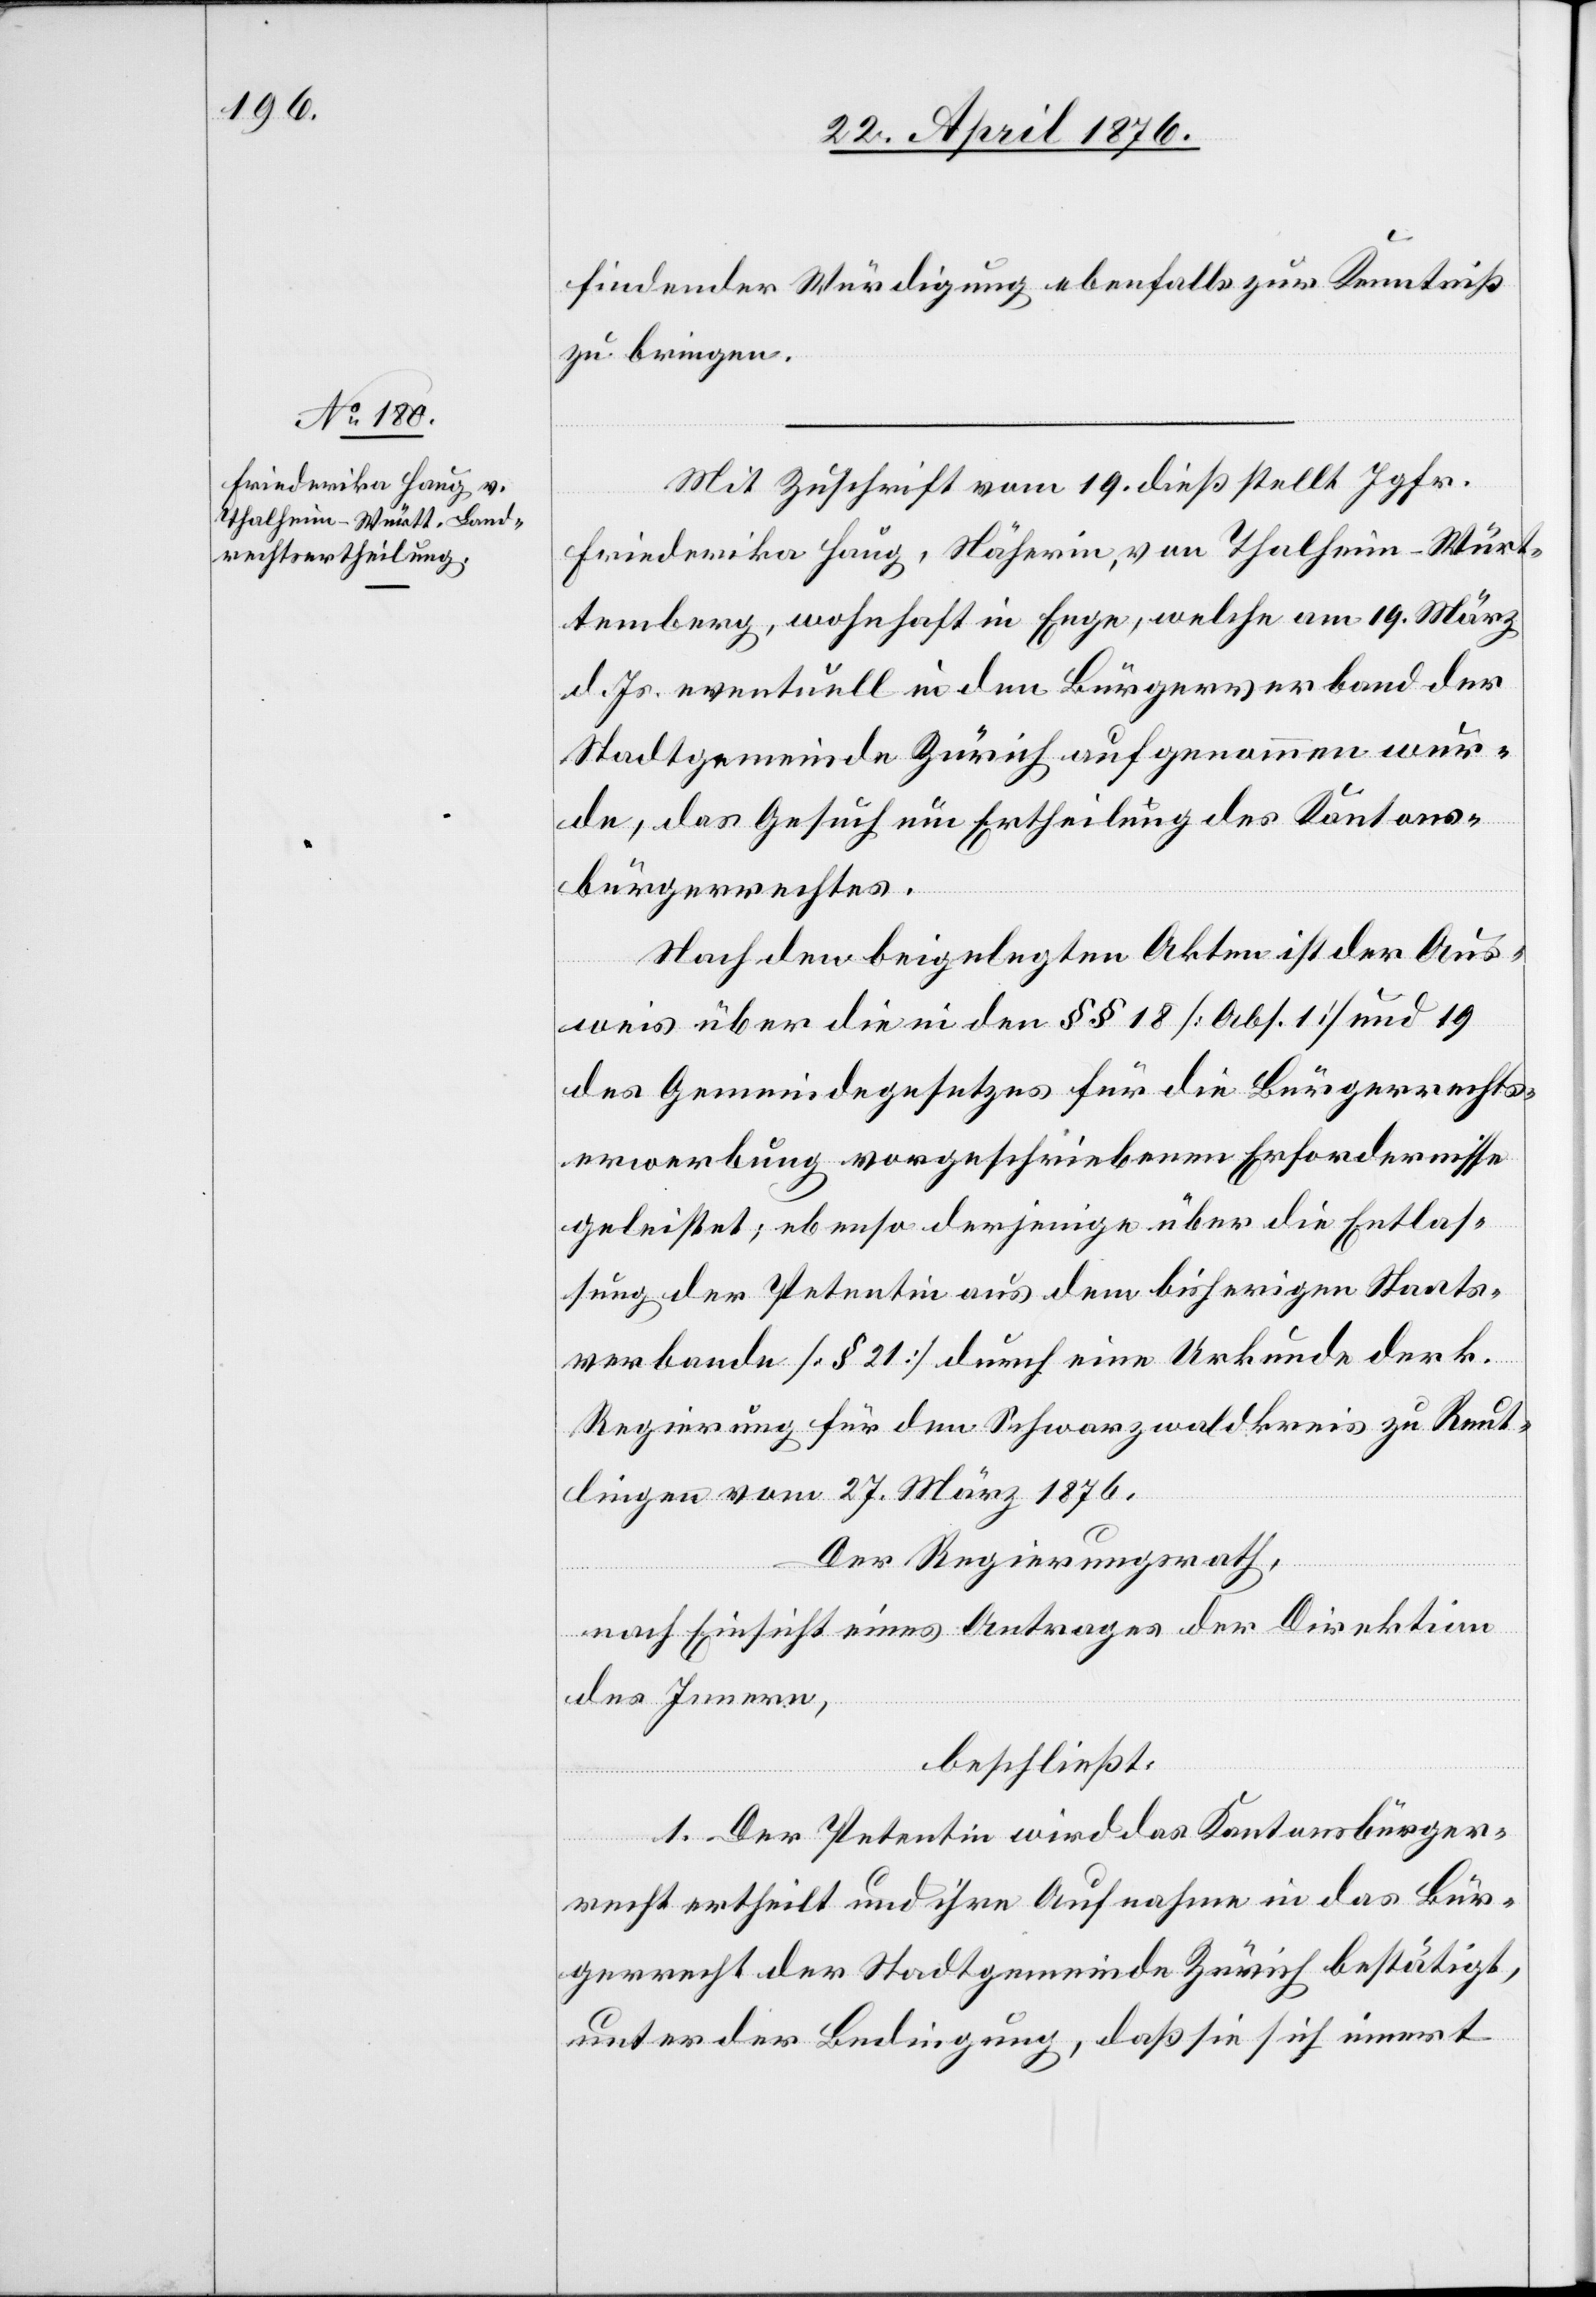
findender Würdigung ebenfalls zur Kenntniß
zu bringen.
Mit Zuschrift vom 19. dieß stellt Jgfr.
Friederika Haug, Näherin, von Thalheim-Würt¬
temberg, wohnhaft in Enge, welche am 19. März
d. Js. eventuell in den Bürgerverband der
Stadtgemeinde Zürich aufgenommen wur¬
de, das Gesuch um Ertheilung des Kantons¬
bürgerrechtes.
Nach den beigelegten Akten ist der Aus¬
weis über die in den §§ 18 [Abs. 1] und 19
des Gemeindegesetzes für die Bürgerrechts¬
erwerbung vorgeschriebenen Erfordernisse
geleistet; ebenso derjenige über die Entlas¬
sung der Petentin aus dem bisherigen Staats¬
verbande [§ 21] durch eine Urkunde der k.
Regierung für den Schwarzwaldkreis zu Reut¬
lingen vom 27. März 1876.
Der Regierungsrath,
nach Einsicht eines Antrages der Direktion
des Innern,
beschließt:
1. Der Petentin wird das Kantonsbürger¬
recht ertheilt und ihre Aufnahme in das Bür¬
gerrecht der Stadtgemeinde Zürich bestätigt,
unter der Bedingung, daß sie sich innert